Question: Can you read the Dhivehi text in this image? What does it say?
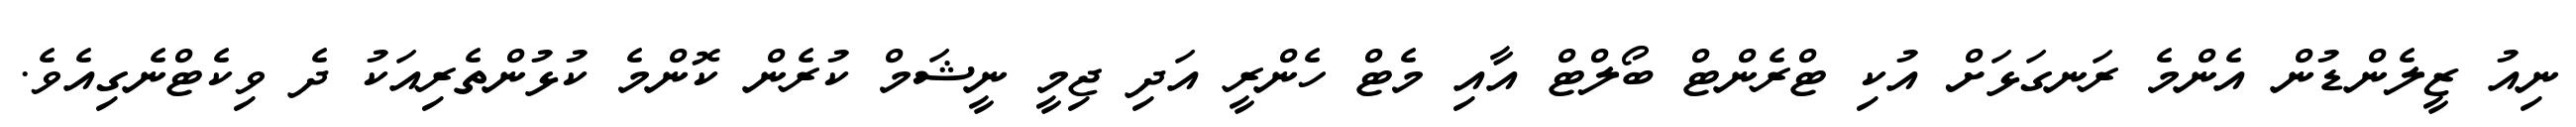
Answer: ނިއު ޒީލެންޑުން އެންމެ ރަނގަޅަށް އުކި ޓްރެންޓް ބޯލްޓް އާއި މެޓް ހެންރީ އަދި ޖިމީ ނީޝަމް ކުރެން ކޮންމެ ކުޅުންތެރިއަކު ދެ ވިކެޓްނެގިއެވެ.